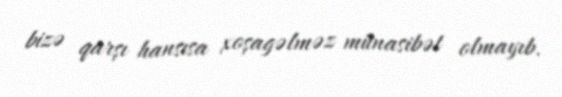
bizə qarşı hansısa xoşagəlməz münasibət olmayıb.